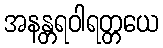
အနန္တရဝါရတ္တယေ